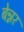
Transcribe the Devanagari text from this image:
बेन्नर